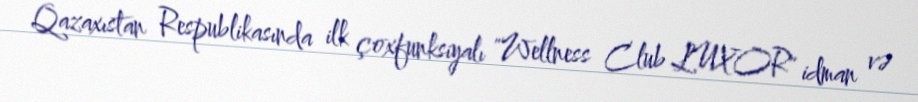
Qazaxıstan Respublikasında ilk çoxfunksiyalı "Wellness Club LUXOR" idman və